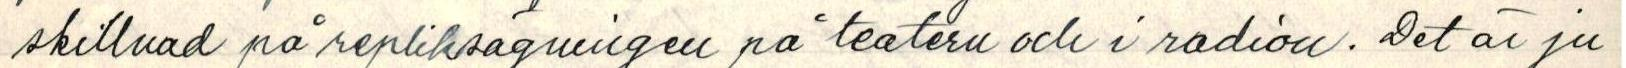
skillnad på repliksägningen på teatern och i radion. Det är ju